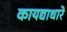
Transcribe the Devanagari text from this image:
कायद्याधारे